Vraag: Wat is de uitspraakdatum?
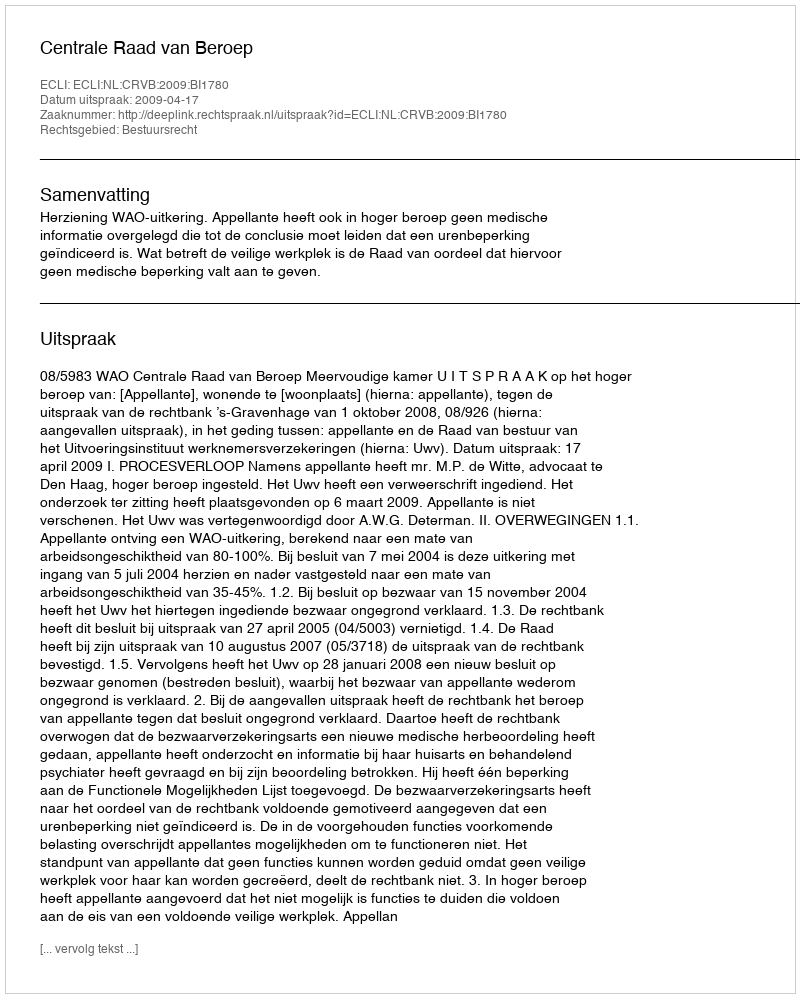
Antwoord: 2009-04-17